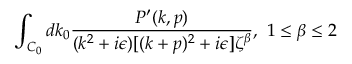
\int _ { C _ { 0 } } d k _ { 0 } { \frac { P ^ { \prime } ( k , p ) } { ( k ^ { 2 } + i \epsilon ) [ ( k + p ) ^ { 2 } + i \epsilon ] \zeta ^ { \beta } } } , \ 1 \leq \beta \leq 2